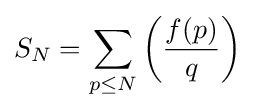
S_{N}=\sum \limits _{p\leq N}{\biggl (}{\frac {f(p)}{q}}{\biggr )}